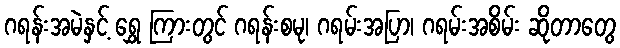
ဂရန်းအမဲနှင့် ရွှေ ကြားတွင် ဂရန်းစမု၊ ဂရမ်းအပြာ၊ ဂရမ်းအစိမ်း ဆိုတာတွေ